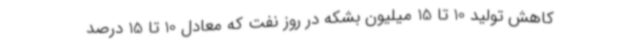
کاهش تولید 10 تا 15 میلیون بشکه در روز نفت که معادل 10 تا 15 درصد